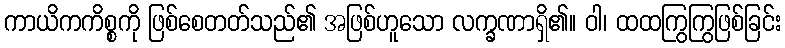
ကာယိကကိစ္စကို ဖြစ်စေတတ်သည်၏ အဖြစ်ဟူသော လက္ခဏာရှိ၏။ ဝါ၊ ထထကြွကြွဖြစ်ခြင်း